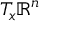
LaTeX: T _ { x } \mathbf { \mathbb { R } } ^ { n }